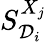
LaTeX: S_{\mathcal{D}_{i}}^{X_{j}}